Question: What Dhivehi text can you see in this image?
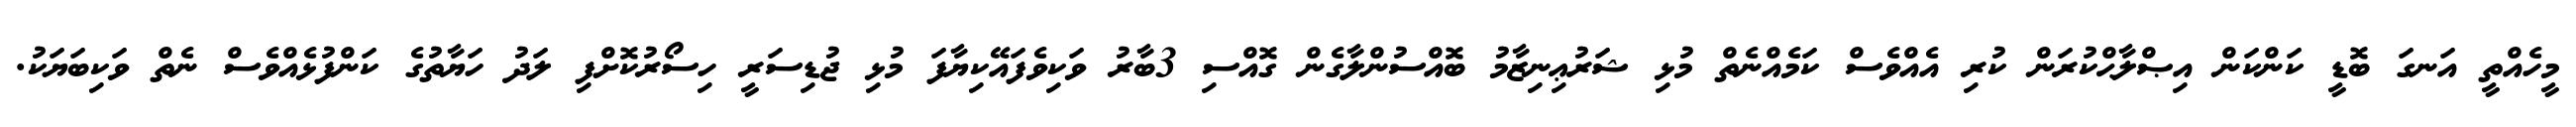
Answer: މީހެއްތީ އަނގަ ބޮޑީ ކަންކަން އިޞްލާޙްކުރަން ކުރި އެއްވެސް ކަމެއްނެތް މުޅި ޝަރުޢިނިޒާމު ބޮއްސުންލާގެން ގޮއްސި 3ބާރު ވަކިވެފައޭކިޔާފަ މުޅި ޖުޑިސަރީ ހިސޯރުކޮށްފި ލަދު ހަޔާތުގެ ކަންފުޅެއްވެސް ނެތް ވަކިބަޔަކު.